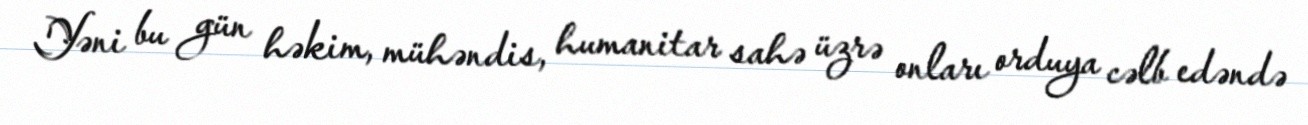
Yəni bu gün həkim, mühəndis, humanitar sahə üzrə onları orduya cəlb edəndə